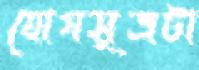
যোগসূত্রটা